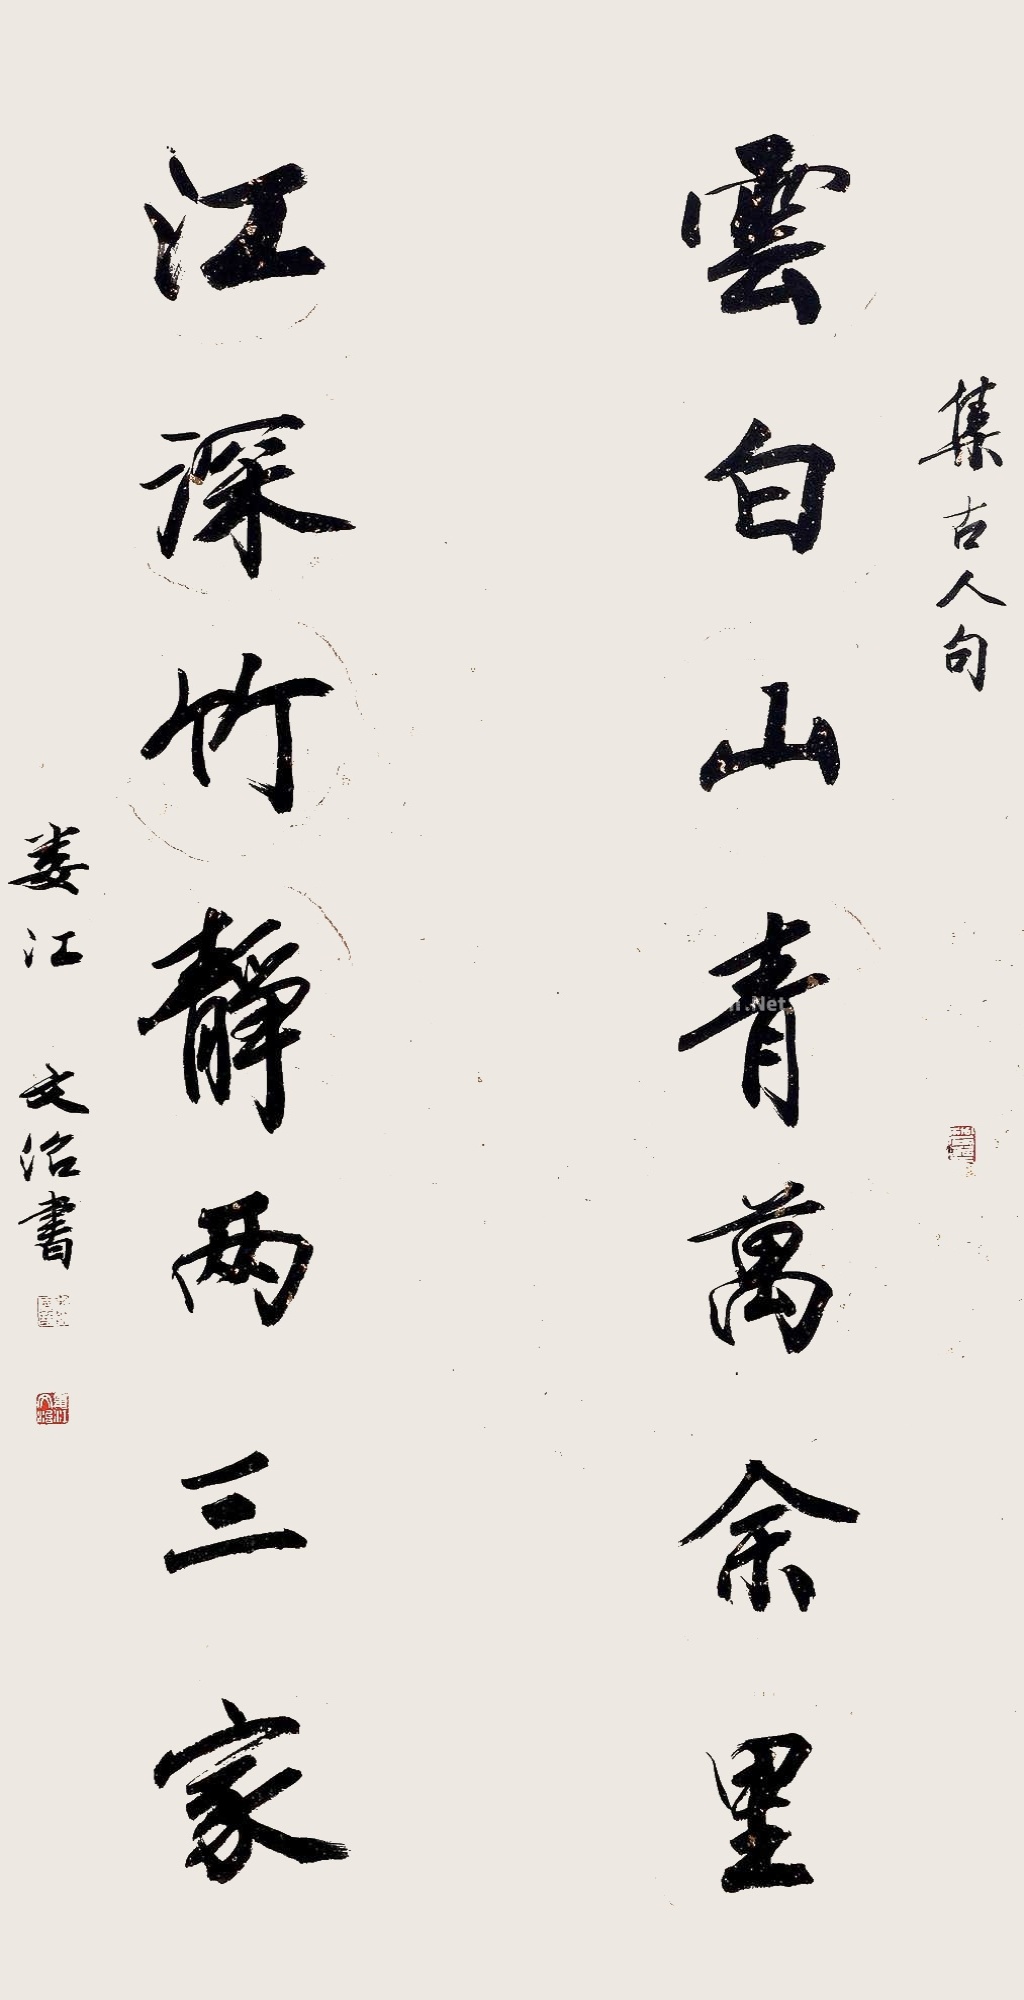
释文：云白山青万余里，江深竹静两三家集古人句，娄江文治书。